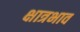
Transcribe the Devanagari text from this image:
क्षात्रभाव